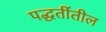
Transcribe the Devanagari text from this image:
पद्धतींतील